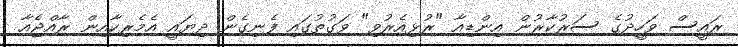
ރައީސް ވަހީދުގެ ސަރުކާރުން އިންޑިއާ "ރުޅިއެރުވި" ވަގުތުގައި ފެނިގެން ދިޔައީ އެމެރިކާއިން ރާއްޖެއާ